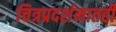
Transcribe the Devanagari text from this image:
चित्रप्रदर्शनातही